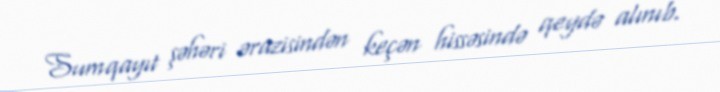
Sumqayıt şəhəri ərazisindən keçən hissəsində qeydə alınıb.